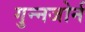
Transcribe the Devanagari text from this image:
गुन्नजोर्न